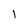
Character: 1